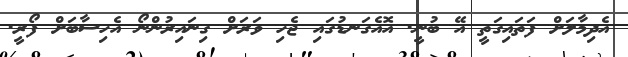
އެދިމާލަށް ފަތައިގަތީ އޭ ބުނީ. އޮއެގަނޑުގައި ޖެހި ވަރަށް ގިނައިރުންނޯ އެހިސާބަށް ފޯރީ.